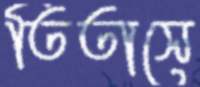
তিতাসে